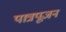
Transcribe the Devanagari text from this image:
पात्रपूजन